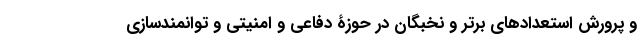
و پرورش استعدادهای برتر و نخبگان در حوزۀ دفاعی و امنیتی و توانمندسازی